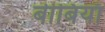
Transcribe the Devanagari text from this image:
बीबियाँ